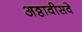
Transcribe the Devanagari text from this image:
अठ्ठावीसवे